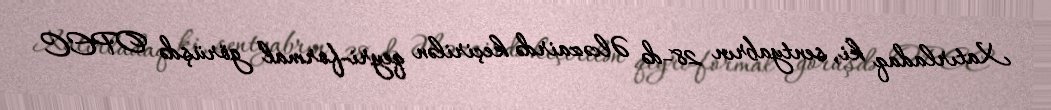
Xatırladaq ki, sentyabrın 28-də Əlcəzairdə keçirilən qeyri-formal görüşdə OPEC